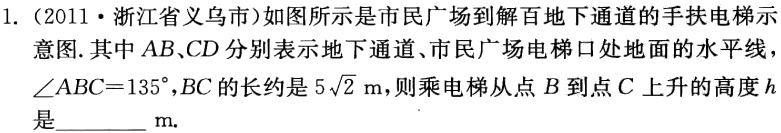
1.（2011·浙江省义乌市）如图所示是市民广场到解百地下通道的手扶电梯示意图.其中\(AB、CD\)分别表示地下通道、市民广场电梯口处地面的水平线，\(\angle ABC = 135^{\circ}\)，\(BC\)的长约是\(5\sqrt{2}\text{ m}\)，则乘电梯从点\(B\)到点\(C\)上升的高度\(h\)是________\(\text{m}\).